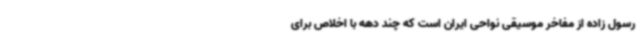
رسول زاده از مفاخر موسیقی نواحی ایران است که چند دهه با اخلاص برای